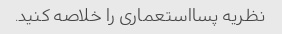
نظریه پسااستعماری را خلاصه کنید.